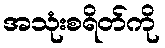
အသုံးစရိတ်ကို